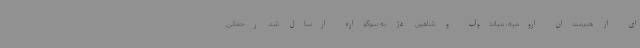
ای از هنرمندان ارومیه، میاندوآب و شاهین دژ به سوگواره ارسال شد. رحمانی